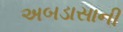
અબડાસાની